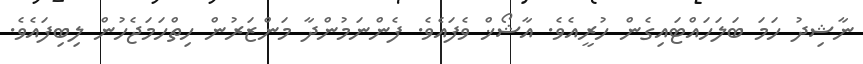
ނާޝިދު ހަމަ ބަލަހައްޓައިގެން ހުރީއެވެ. އާޝޯޚް ވެފައެވެ. ފެންނަމުންދާ މަންޒަރުން ހިތްހަމަޖެހުން ލިބިފައެވެ.